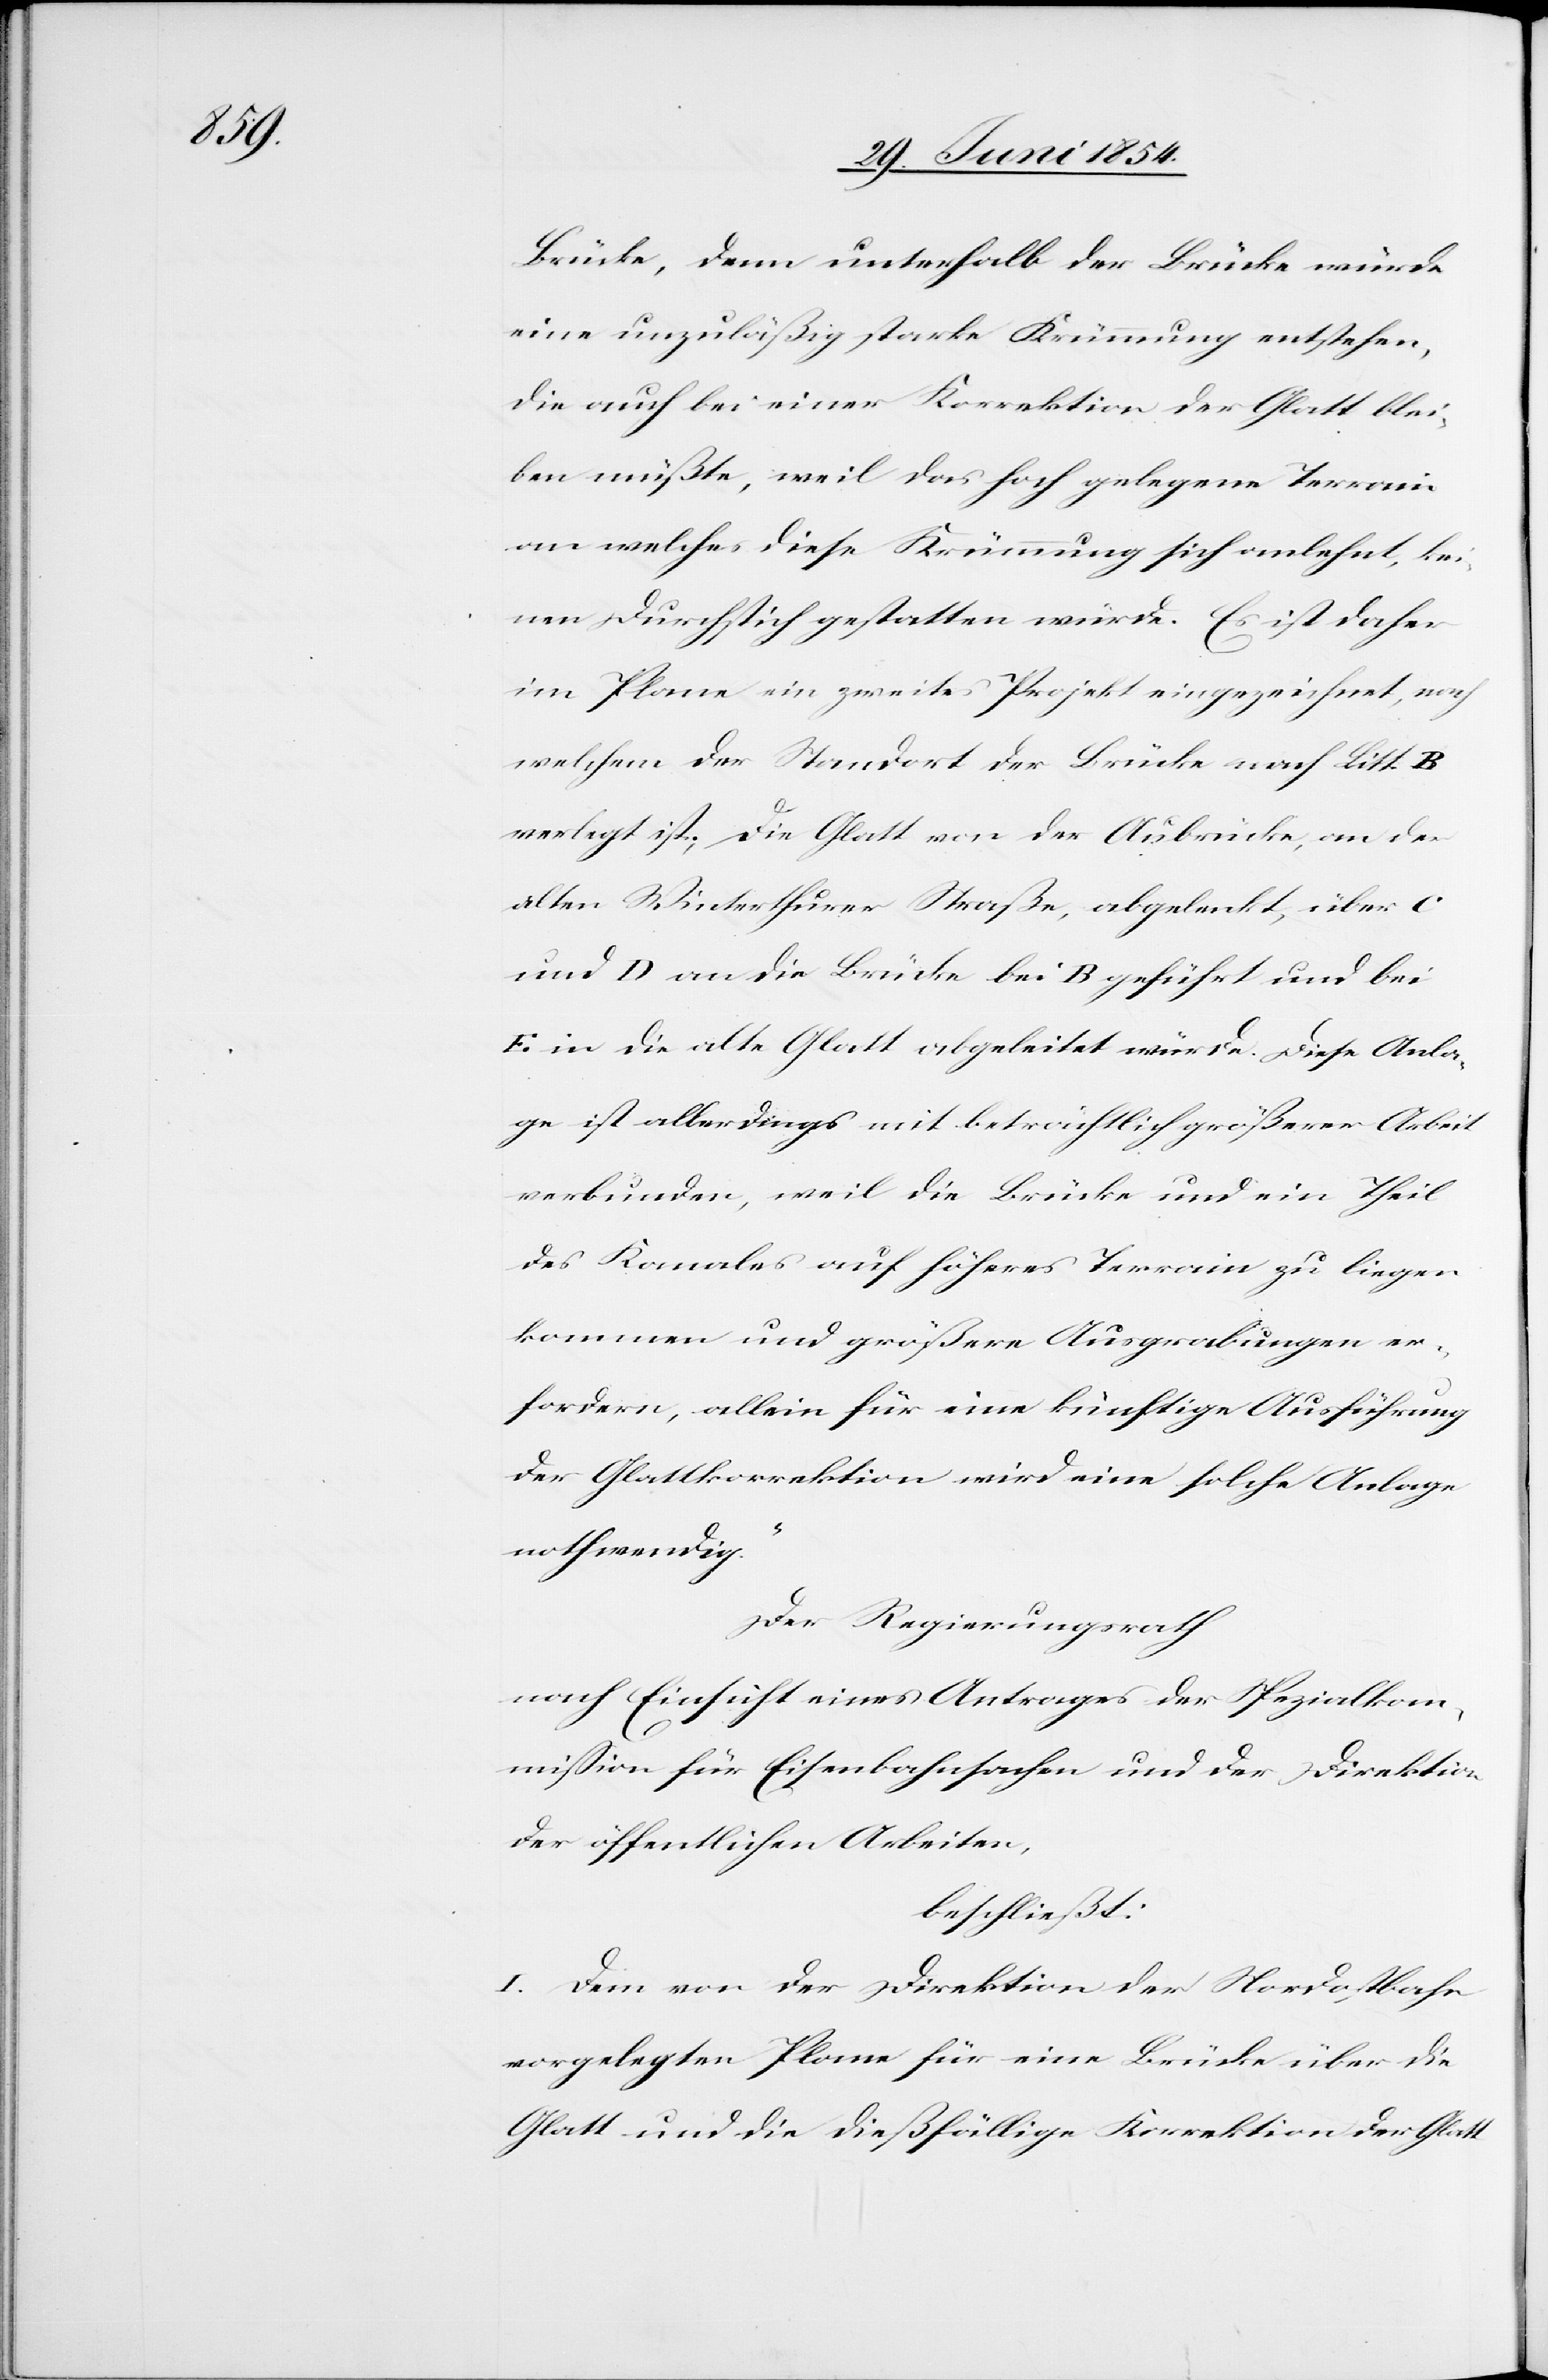
Brücke, denn unterhalb der Brücke würde
eine unzuläßig starke Krümmung entstehen,
die auch bei einer Korrektion der Glatt blei¬
ben müßte, weil das hoch gelegene Terrain
an welches diese Krümmung sich anlehnt, kei¬
nen Durchstich gestatten würde. Es ist daher
im Plane ein zweites Projekt eingezeichnet, nach
welchem der Standort der Brücke nach Litt.
verlegt ist; die Glatt von der Aubrücke, an der
alten Winterthurer Straße, abgelenkt, über
und D an die Brücke bei B geführt und bei
E in die alte Glatt eingeleitet würde. Diese Anla¬
ge ist allerdings mit beträchtlich größerer Arbeit
verbunden, weil die Brücke und ein Theil
des Kanales auf höheres Terrain zu liegen
kommen und größere Ausgrabungen er¬
fordern, allein für eine künftige Ausführung
der Glattkorrektion wird eine solche Anlage
nothwendig.“
Der Regierungsrath
nach Einsicht eines Antrages der Spezialkom¬
mißion für Eisenbahnsachen und der Direktion
der öffentlichen Arbeiten,
beschließt:
I. Dem von der Direktion der Nordostbahn
vorgelegten Plane für eine Brücke über die
Glatt und die dießfällige Korrektion der Glatt